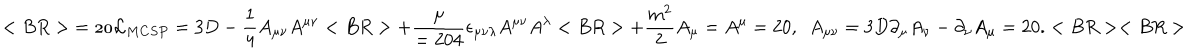
< B R > { \cal = 2 0 L } _ { M C S P } = 3 D - { \frac { 1 } { 4 } } A _ { \mu \nu } A ^ { \mu \nu } < B R > + { \frac { \mu } { = 2 0 4 } } \epsilon _ { \mu \nu \lambda } A ^ { \mu \nu } A ^ { \lambda } < B R > + { \frac { m ^ { 2 } } { 2 } } A _ { \mu } = A ^ { \mu } = 2 0 , ~ ~ A _ { \mu \nu } = 3 D \partial _ { \mu } A _ { \nu } - \partial _ { \nu } A _ { \mu } = 2 0 . < B R > < B R >